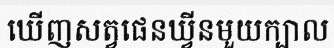
ឃើញសត្វផេនឃ្វីនមួយក្បាល